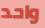
واحد